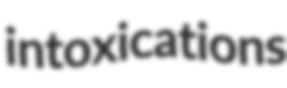
intoxications